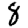
Digit: 8